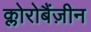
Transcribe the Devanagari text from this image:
क्लोरोबैंज़ीन